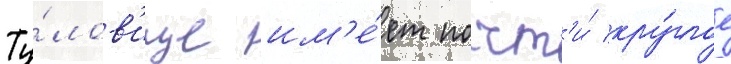
Ту́лов'ище им'е́ет почт'и́ кру́глое